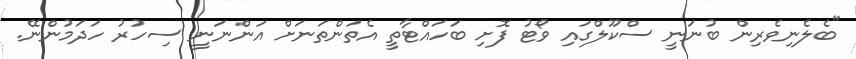
"ބެލެނިވެރިން ބުނަނީ ސްކޫލްގައި ވޯޓު ފޮށި ބަހައްޓާތީ އެތަންތަނަށް އަންނަނީ ސިހުރު ހަދަމުންނޭ.